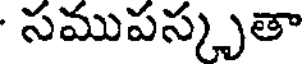
సముపస్కృతా